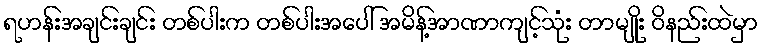
ရဟန်းအချင်းချင်း တစ်ပါးက တစ်ပါးအပေါ် အမိန့်အာဏာကျင့်သုံး တာမျိုး ဝိနည်းထဲမှာ